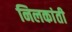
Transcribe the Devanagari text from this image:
निलकांती